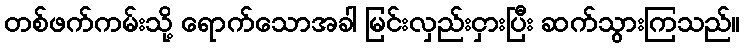
တစ်ဖက်ကမ်းသို့ ရောက်သောအခါ မြင်းလှည်းငှားပြီး ဆက်သွားကြသည်။